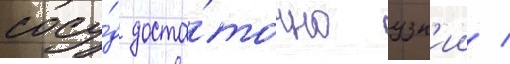
сосу́д доста́точно узк'ии /